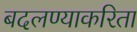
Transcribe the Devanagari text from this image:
बदलण्याकरिता